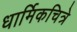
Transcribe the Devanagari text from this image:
धार्मिकचित्रे